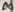
Text: 8